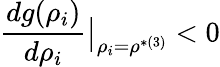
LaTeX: \frac{dg(\rho_{i})}{d\rho_{i}}\big|_{\rho_{i}=\rho^{*(3)}}<0